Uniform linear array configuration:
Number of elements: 8
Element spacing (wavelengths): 0.75
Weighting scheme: hamming
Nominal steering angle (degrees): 0
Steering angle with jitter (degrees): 1.178
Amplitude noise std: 0.05
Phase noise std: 0.05

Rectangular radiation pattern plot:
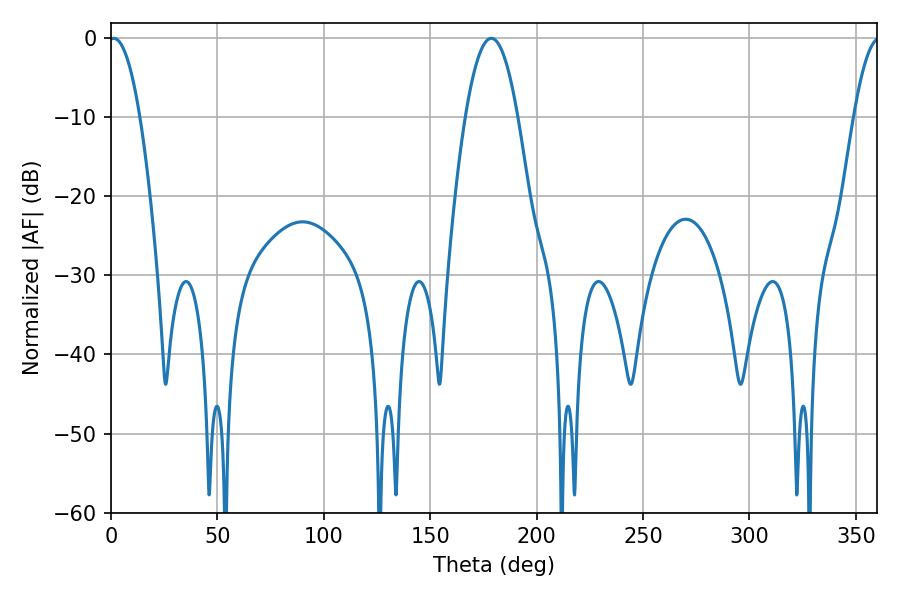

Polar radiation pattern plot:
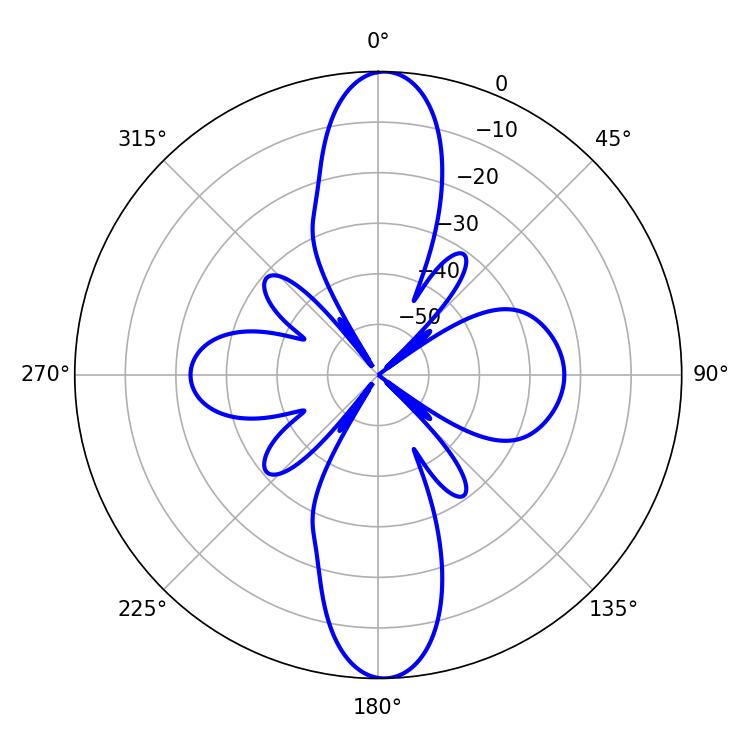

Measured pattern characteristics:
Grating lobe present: TRUE
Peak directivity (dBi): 22.528
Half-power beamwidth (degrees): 8.1
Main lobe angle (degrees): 1.26